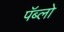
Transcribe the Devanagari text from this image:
पॅब्लो